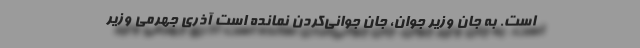
است. به جانِ وزیر جوان، جانِ جوانی‌کردن نمانده است آذری جهرمی وزیر